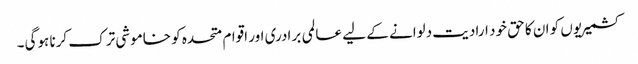
کشمیریوں کو ان کا حق خود ارادیت دلوانے کے لیے عالمی برادری اور اقوام متحدہ کو خاموشی ترک کرنا ہوگی۔